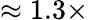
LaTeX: \approx 1.3\times